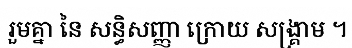
រួមគ្នា នៃ សន្ធិសញ្ញា ក្រោយ សង្គ្រាម ។